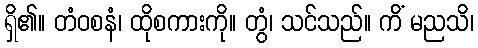
ရှိ၏။ တံဝစနံ၊ ထိုစကားကို။ တွံ၊ သင်သည်။ ကိံ မညသိ၊